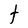
Character: t